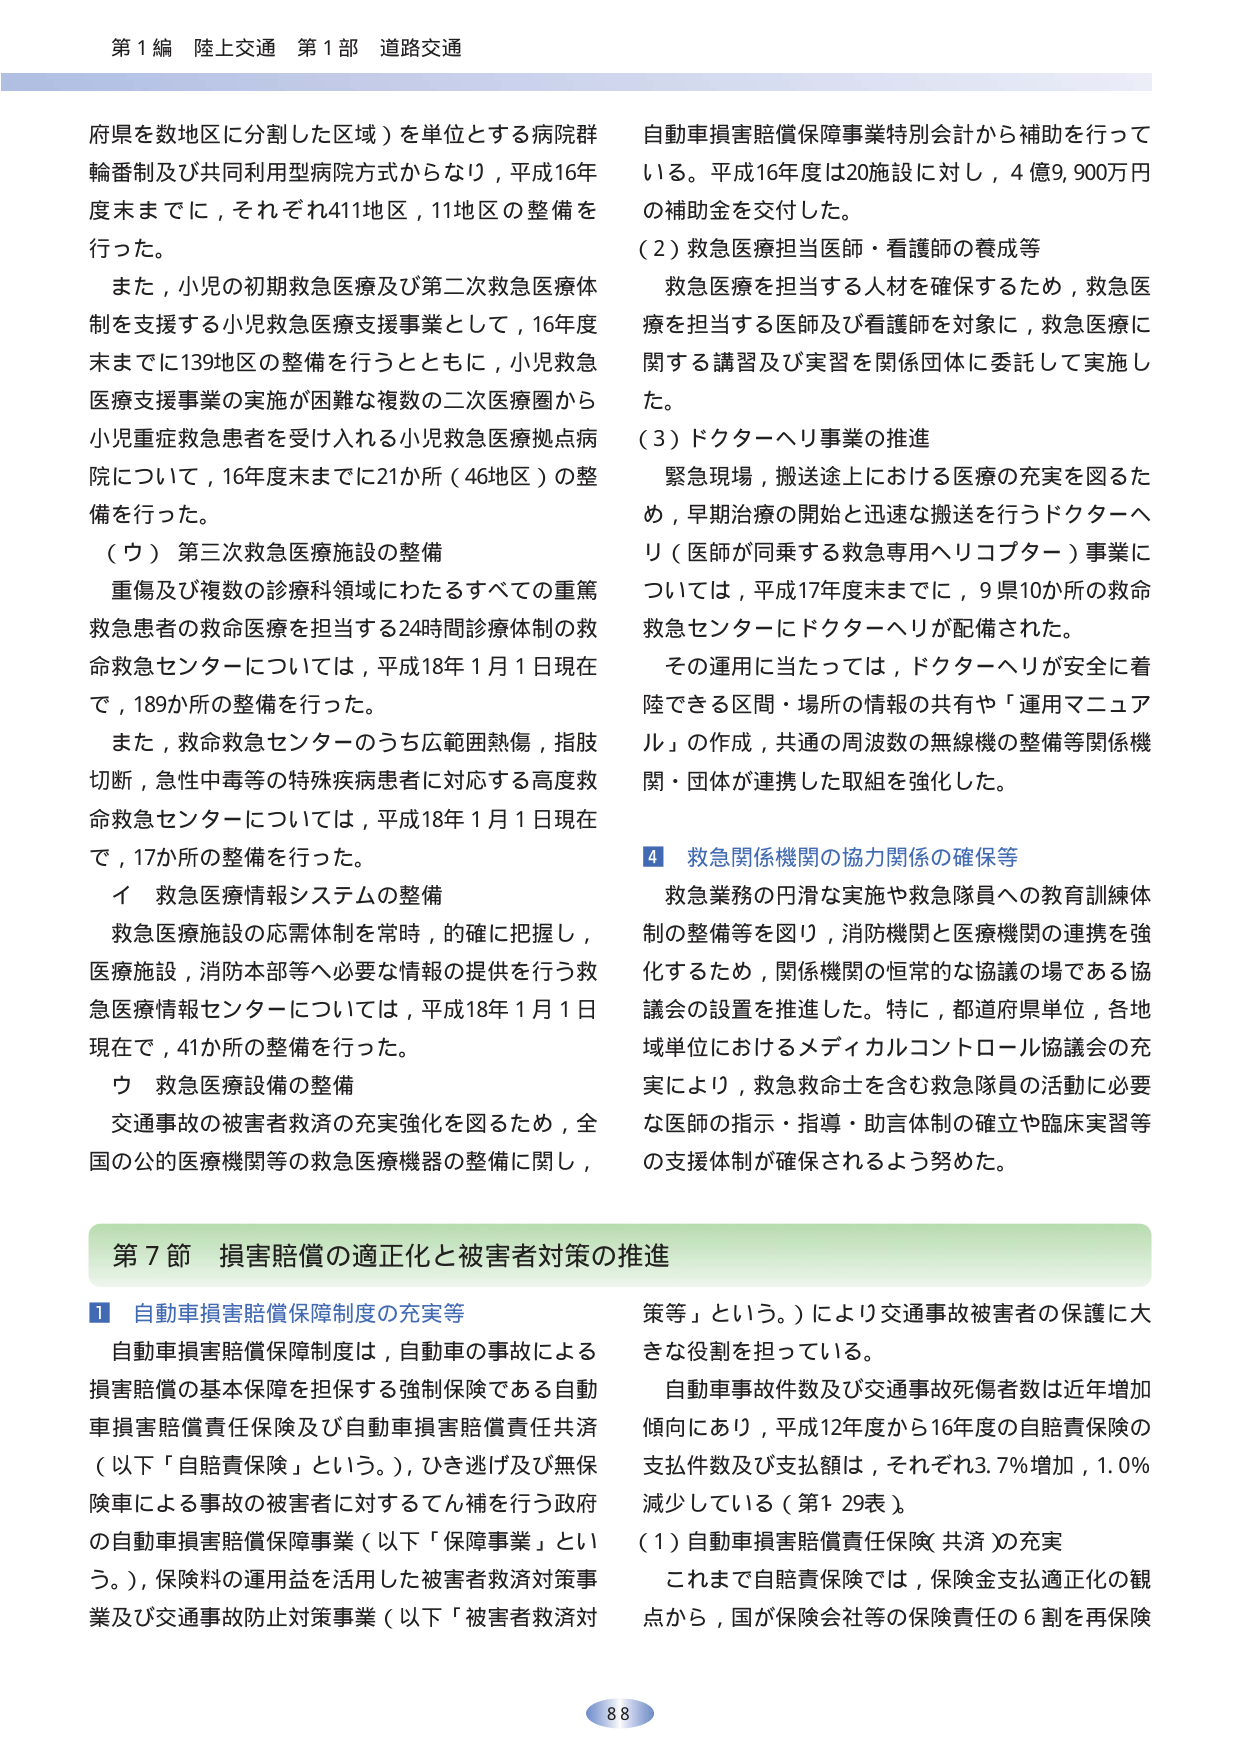
第1編 陸上交通 第1部 道路交通

府県を数地区に分割した区域）を単位とする病院群輪番制及び共同利用型病院方式からなり，平成16年度末までに，それぞれ411地区，11地区の整備を行った。

また，小児の初期救急医療及び第二次救急医療体制を支援する小児救急医療支援事業として，16年度末までに139地区の整備を行うとともに，小児救急医療支援事業の実施が困難な複数の二次医療圏から小児重症救急患者を受け入れる小児救急医療拠点病院について，16年度末までに21か所（46地区）の整備を行った。

（ウ）第三次救急医療施設の整備

重傷及び複数の診療科領域にわたるすべての重篤救急患者の救命医療を担当する24時間診療体制の救命救急センターについては，平成18年1月1日現在で，189か所の整備を行った。

また，救命救急センターのうち広範囲熱傷，指肢切断，急性中毒等の特殊疾病患者に対応する高度救命救急センターについては，平成18年1月1日現在で，17か所の整備を行った。

イ 救急医療情報システムの整備

救急医療施設の応需体制を常時，的確に把握し，医療施設，消防本部等へ必要な情報の提供を行う救急医療情報センターについては，平成18年1月1日現在で，41か所の整備を行った。

ウ 救急医療設備の整備

交通事故の被害者救済の充実強化を図るため，全国の公的医療機関等の救急医療機器の整備に関し，

自動車損害賠償保障事業特別会計から補助を行っている。平成16年度は20施設に対し，4億9,900万円の補助金を交付した。

（2）救急医療担当医師・看護師の養成等

救急医療を担当する人材を確保するため，救急医療を担当する医師及び看護師を対象に，救急医療に関する講習及び実習を関係団体に委託して実施した。

（3）ドクターヘリ事業の推進

緊急現場，搬送途上における医療の充実を図るため，早期治療の開始と迅速な搬送を行うドクターヘリ（医師が同乗する救急専用ヘリコプター）事業については，平成17年度末までに，9県10か所の救命救急センターにドクターヘリが配備された。

その運用に当たっては，ドクターヘリが安全に着陸できる区間・場所の情報の共有や「運用マニュアル」の作成，共通の周波数の無線機の整備等関係機関・団体が連携した取組を強化した。

4 救急関係機関の協力関係の確保等

救急業務の円滑な実施や救急隊員への教育訓練体制の整備等を図り，消防機関と医療機関の連携を強化するため，関係機関の恒常的な協議の場である協議会の設置を推進した。特に，都道府県単位，各地域単位におけるメディカルコントロール協議会の充実により，救急救命士を含む救急隊員の活動に必要な医師の指示・指導・助言体制の確立や臨床実習等の支援体制が確保されるよう努めた。

第7節 損害賠償の適正化と被害者対策の推進

1 自動車損害賠償保障制度の充実等

自動車損害賠償保障制度は，自動車の事故による損害賠償の基本保障を担保する強制保険である自動車損害賠償責任保険及び自動車損害賠償責任共済（以下「自賠責保険」という。），ひき逃げ及び無保険車による事故の被害者に対するてん補を行う政府の自動車損害賠償保障事業（以下「保障事業」という。），保険料の運用益を活用した被害者救済対策事業及び交通事故防止対策事業（以下「被害者救済対策等」という。）により交通事故被害者の保護に大きな役割を担っている。

自動車事故件数及び交通事故死傷者数は近年増加傾向にあり，平成12年度から16年度の自賠責保険の支払件数及び支払額は，それぞれ3.7％増加，1.0％減少している（第1-29表）。

（1）自動車損害賠償責任保険（共済）の充実

これまで自賠責保険では，保険金支払適正化の観点から，国が保険会社等の保険責任の6割を再保険

88